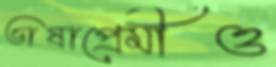
ভাষাপ্রেমীও